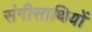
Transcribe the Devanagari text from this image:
संगीसाथियों